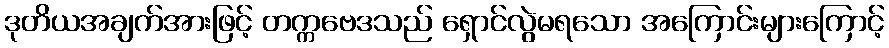
ဒုတိယအချက်အားဖြင့် တက္ကဗေဒသည် ရှောင်လွဲမရသော အကြောင်းများကြောင့်